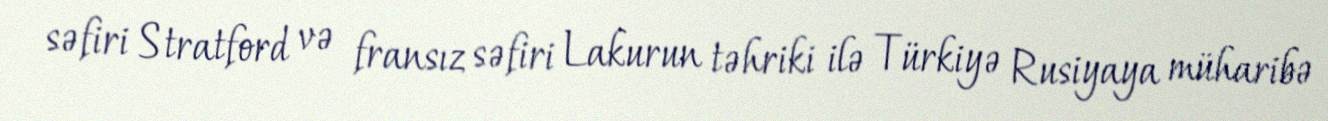
səfiri Stratford və fransız səfiri Lakurun təhriki ilə Türkiyə Rusiyaya müharibə